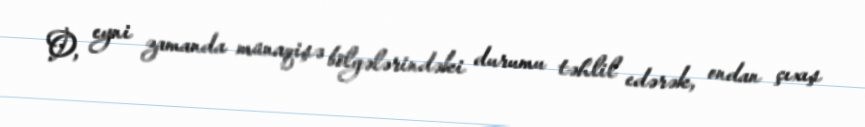
O, eyni zamanda münaqişə bölgələrindəki durumu təhlil edərək, ondan çıxış